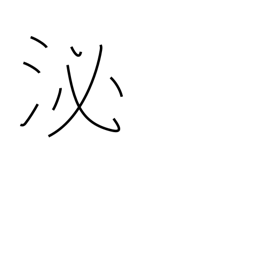
Meaning: soak in